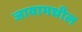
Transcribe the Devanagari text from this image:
जावामधील